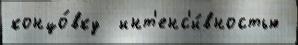
концо́вку  инт'енс'и́вностью